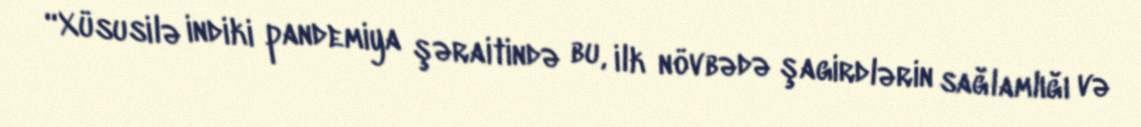
“Xüsusilə indiki pandemiya şəraitində bu, ilk növbədə şagirdlərin sağlamlığı və